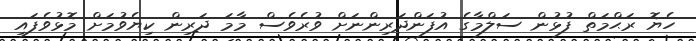
ހެޔޮ ރަޙްމަތް ފުޅުން ސަލްމާގެ އުފަންދަރިންނަށް ވުރެވެސް މާމަ ދަރިން ކިޔެވުމަށް މޮޅުވެފައި